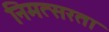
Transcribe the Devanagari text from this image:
निमत्सरता